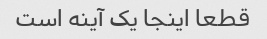
قطعا اینجا یک آینه است